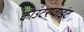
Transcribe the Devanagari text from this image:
काउंटरप्वाइंट